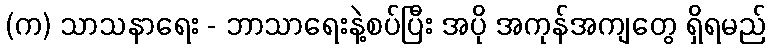
(က) သာသနာရေး - ဘာသာရေးနဲ့စပ်ပြီး အပို အကုန်အကျတွေ ရှိရမည်